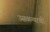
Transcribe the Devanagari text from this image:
उसळन्याची